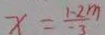
x = \frac { 1 - 2 m } { - 3 }